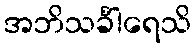
အဘိသင်္ခါရေသိ